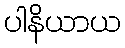
ပါနိယာယ